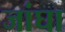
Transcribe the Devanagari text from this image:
जांघा